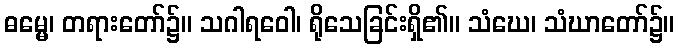
ဓမ္မေ၊ တရားတော်၌။ သဂါရဝေါ၊ ရိုသေခြင်းရှိ၏။ သံဃေ၊ သံဃာတော်၌။